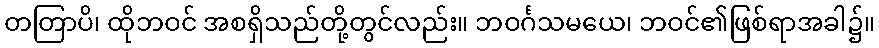
တတြာပိ၊ ထိုဘဝင် အစရှိသည်တို့တွင်လည်း။ ဘဝင်္ဂသမယေ၊ ဘဝင်၏ဖြစ်ရာအခါ၌။